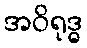
အဝိရုဒ္ဓ